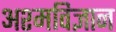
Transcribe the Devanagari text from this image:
अश्मविज्ञान